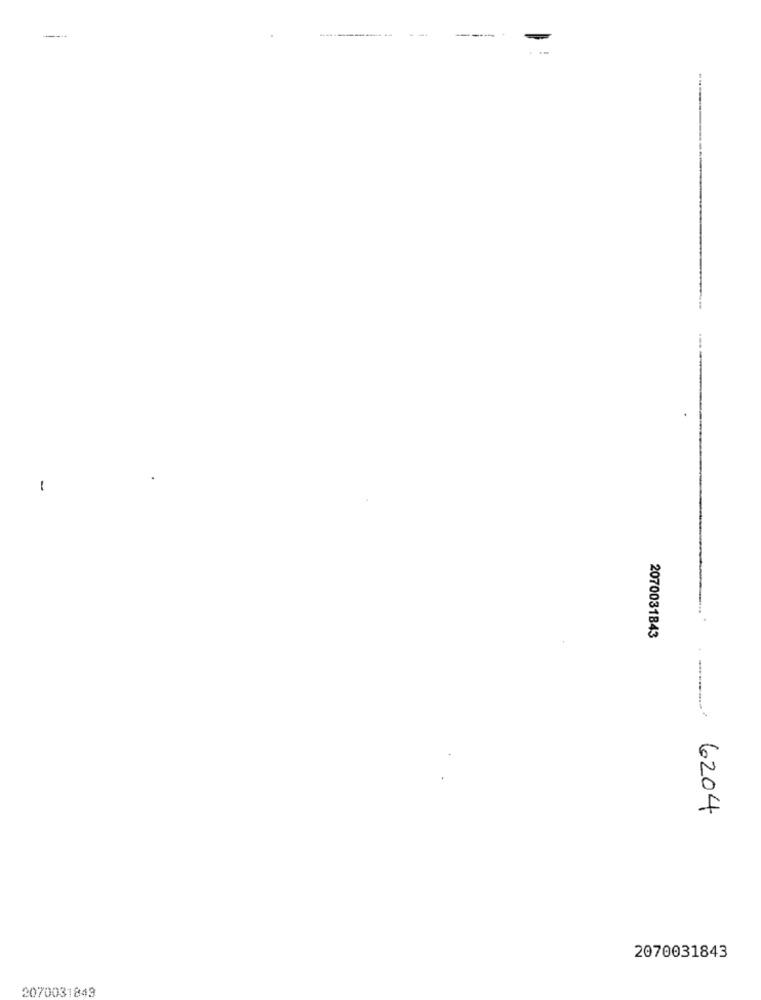
----------
---
-
1
2070031843
-
6204
2070031843
2070031843